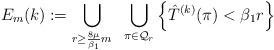
LaTeX: \begin{align*}{E}_m(k) := \bigcup_{r \geq \frac{8\mu}{\beta_1} m}\;\;\bigcup_{\pi \in {\cal Q}_r} \left\{\hat{T}^{(k)}(\pi) < \beta_1 r\right\}\end{align*}